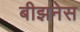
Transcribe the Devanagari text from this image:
बीझनेस